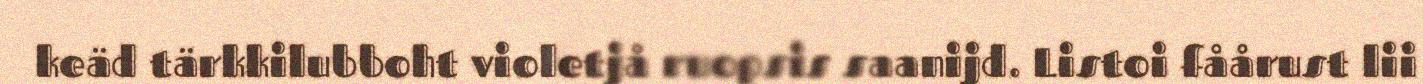
keäd tärkkilubboht violetjå ruopsis saanijd. Listoi fåårust lii